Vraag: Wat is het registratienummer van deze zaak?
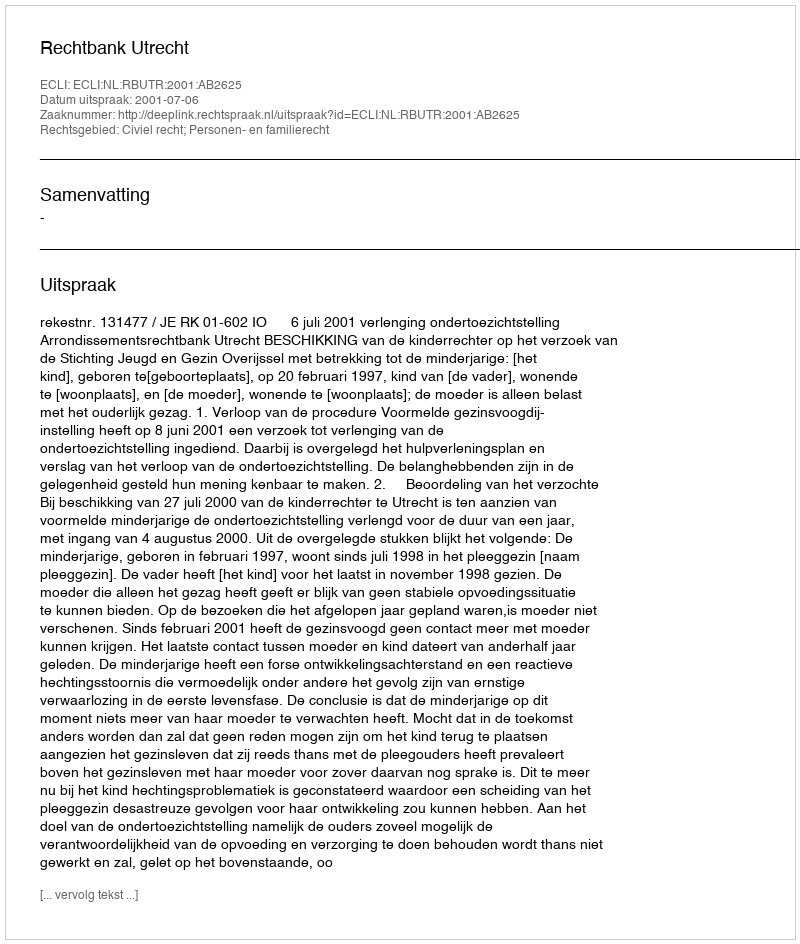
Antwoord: http://deeplink.rechtspraak.nl/uitspraak?id=ECLI:NL:RBUTR:2001:AB2625